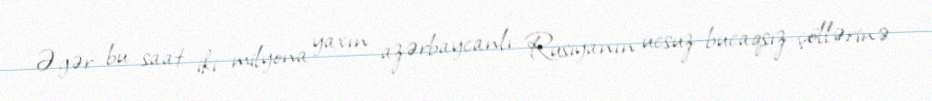
Əgər bu saat iki milyona yaxın azərbaycanlı Rusiyanın ucsuz-bucaqsız çöllərinə